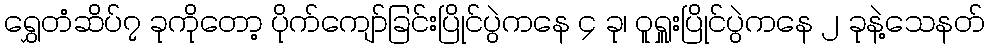
ရွှေတံဆိပ်၇ ခုကိုတော့ ပိုက်ကျော်ခြင်းပြိုင်ပွဲကနေ ၄ ခု၊ ဝူရှူးပြိုင်ပွဲကနေ ၂ ခုနဲ့သေနတ်